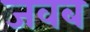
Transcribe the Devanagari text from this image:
जवब